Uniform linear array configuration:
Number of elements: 32
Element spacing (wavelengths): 1
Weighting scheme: cosine
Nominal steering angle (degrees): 45
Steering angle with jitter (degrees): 44.513
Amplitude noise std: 0.05
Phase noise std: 0.05

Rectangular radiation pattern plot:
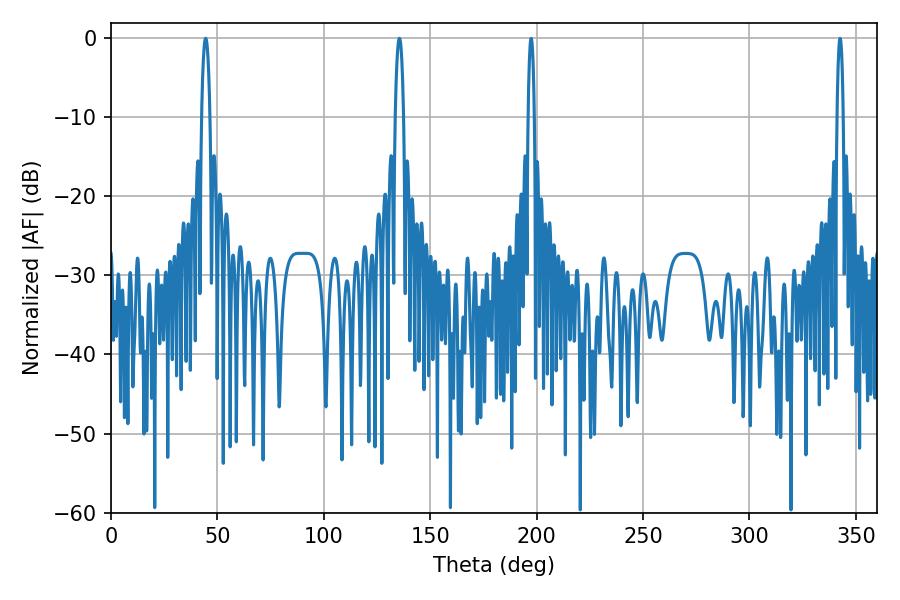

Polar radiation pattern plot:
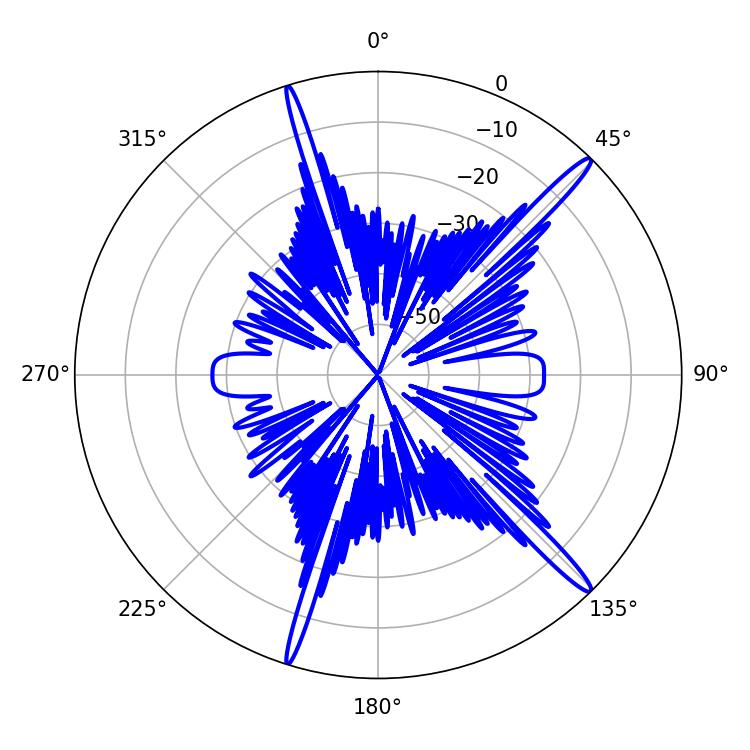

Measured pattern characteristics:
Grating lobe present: TRUE
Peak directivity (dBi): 16.775
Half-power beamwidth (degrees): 2.16
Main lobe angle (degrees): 44.46